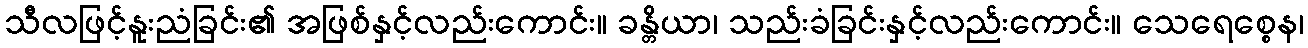
သီလဖြင့်နူးညံခြင်း၏ အဖြစ်နှင့်လည်းကောင်း။ ခန္တိယာ၊ သည်းခံခြင်းနှင့်လည်းကောင်း။ သေရေစ္စေန၊